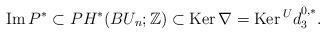
LaTeX: \begin{align*}\operatorname{Im}P^*\subset PH^*(BU_n;\mathbb{Z})\subset\operatorname{Ker}\nabla=\operatorname{Ker}{^Ud}_3^{0,*}.\end{align*}